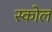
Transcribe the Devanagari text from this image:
स्कोल